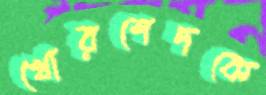
খোরশেদকে